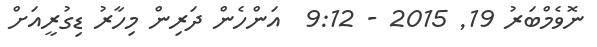
ނޮވެމްބަރު 19